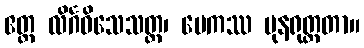
ဧတ္ထ လိင်္ဂဝိသေသတ္ထ၊ မေကဿ ပုနရုတ္တတာ။